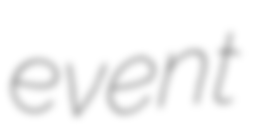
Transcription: event